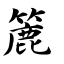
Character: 簏